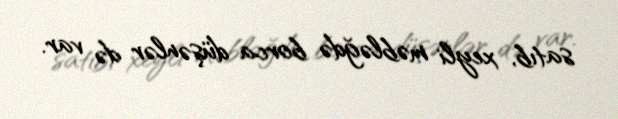
satıb, xeyli məbləğdə borca düşənlər də var.